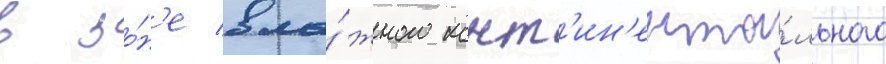
в зо́н'е вла́жного конт'ин'ента́льного